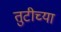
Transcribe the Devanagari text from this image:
तुटीच्या